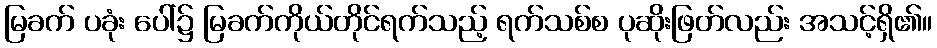
မြခက် ပခုံး ပေါ်၌ မြခက်ကိုယ်တိုင်ရက်သည့် ရက်သစ်စ ပုဆိုးဖြတ်လည်း အသင့်ရှိ၏။